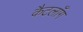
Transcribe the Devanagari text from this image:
कैटलाँग